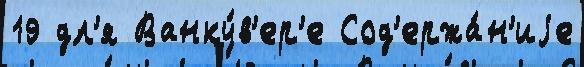
19 дл'я Ванку́в'ер'е Сод'ержа́н'иjе